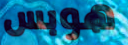
هوبس